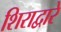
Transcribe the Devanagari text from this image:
शिराद्वारे